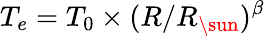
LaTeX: T_{e}=T_{0}\times(R/{R_{\sun}})^{\beta}